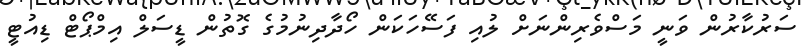
ސަރުކާރުން ވަނީ މަސްވެރިންނަށް ލުއި ފަސޭހަކަން ހޯދާދިނުމުގެ ގޮތުން ޑީސަލް އިމްޕޯޓް ޑިއުޓީ